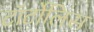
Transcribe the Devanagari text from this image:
टॉर्टोलिस